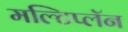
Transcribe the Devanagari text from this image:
मल्टिप्लॅन